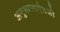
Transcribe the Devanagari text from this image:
अनुस्वाराऐवजी